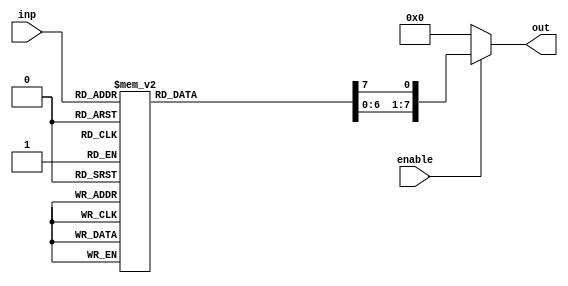
module decoder (
    inp,
    out,
    enable
);

    input [2:0] inp;
    input enable;
    output reg[7:0] out;

    always@ (inp or enable) begin
        if(enable) begin
            out = 8'd0;
            case(inp)
                3'b000: out[0] = 1;
                3'b001: out[1] = 1;
                3'b010: out[2] = 1;
                3'b011: out[3] = 1;
                3'b100: out[4] = 1;
                3'b101: out[5] = 1;
                3'b110: out[6] = 1;
                3'b111: out[7] = 1;
                default: out = 8'd0;
            endcase
        end
        else begin
            out = 8'd0;
        end
    end
        
endmodule